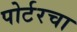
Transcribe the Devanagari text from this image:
पोर्टरचा